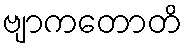
ဗျာကတောတိ